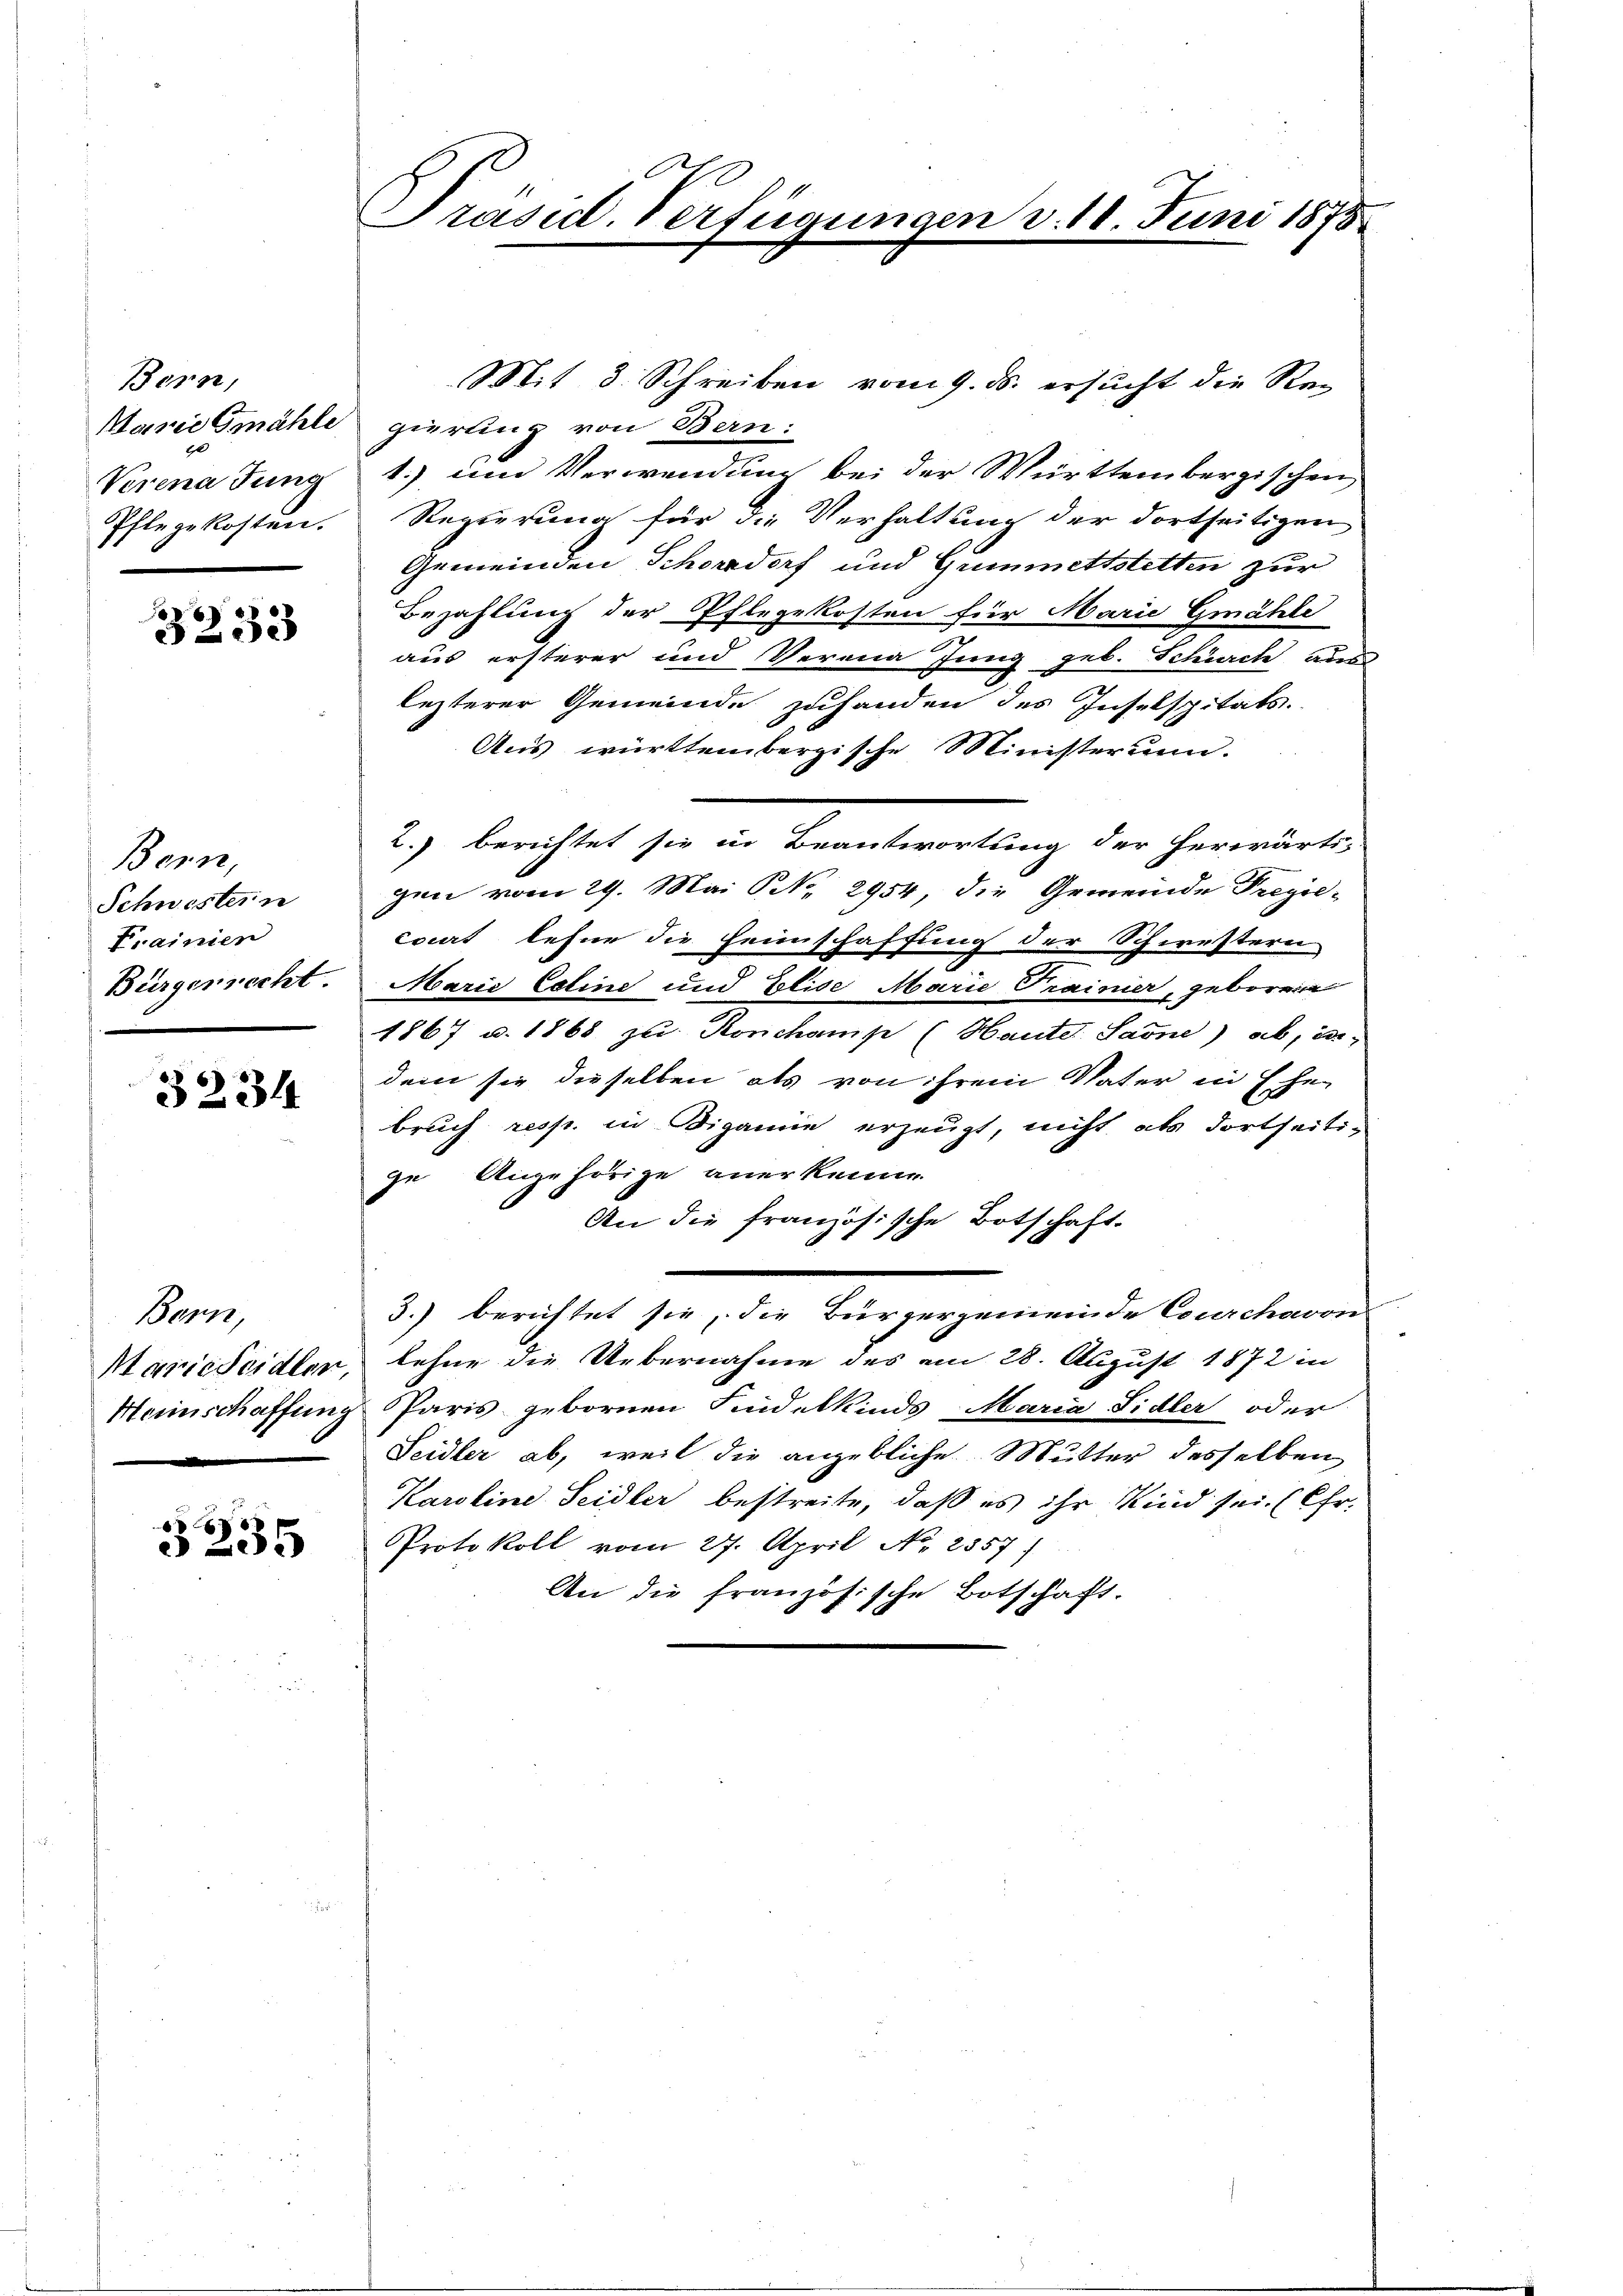
Bern,
Marie Gmähle
Verena Tung
Pflegekosten.

xx
3233

Bern,
Schwestern
Frainien
Bürgerrecht.

3234

Bern,

6 f 0 x
§ 235

Präsid. Verfügungen v. 18 Juni 1875

t

Mit 3. Schreiben vom 9. ds. ersucht die Re-
gierung von Bern:
1.) im Verwendung bei der Württembergischen,
Regierung für die Verhaltung der dortseitigen
Gemeinden Schordorf und Guimettstetten zur
Bezahlung der Pflegekosten für Marie Gmähle
aus ersterer und Verena Jung geb. Schick ader
lezterer Gemeinde zuhanden des Inselspitäts-
Aus württembergische Ministerum.
2.) berichtet sie in Beantwortung der herwärti-
gen vom 29. Mai NNo. 2954. die Gemeinde Freyie-
eviert lehne die Heimschaffung der Schwestern
Marie Cetine und Elise Marie Trainier, geborene
1867 u. 1868 zu Ronchamp (Haute Saone) ab, er-
dem sie dieselben als von ihrem Vater in Ehe
bruch resp. in Digamie erzeugt, nicht als dortseitige Angehörige anerkenne
An die französische Botschaft.
3.) berichtet sie, die Bürgergemeinde Courchavon
Mariescidler, lehne die Uebernahme des am 28. August 1872 in
Meinschaffung Paris gebornen Findelkinds-Maria Sidler oder
Seidler ab, weil die angebliche Mutter desselben
Karoline Seidler bestreite, daß es ihr Kind sei. (Chr.
Protokoll vom 27. April No. 2857)
An die französische Botschaft.